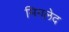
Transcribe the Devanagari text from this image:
मिगलेद